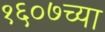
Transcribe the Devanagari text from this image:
१६०७च्या